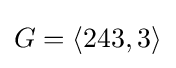
G=\langle 243,3\rangle